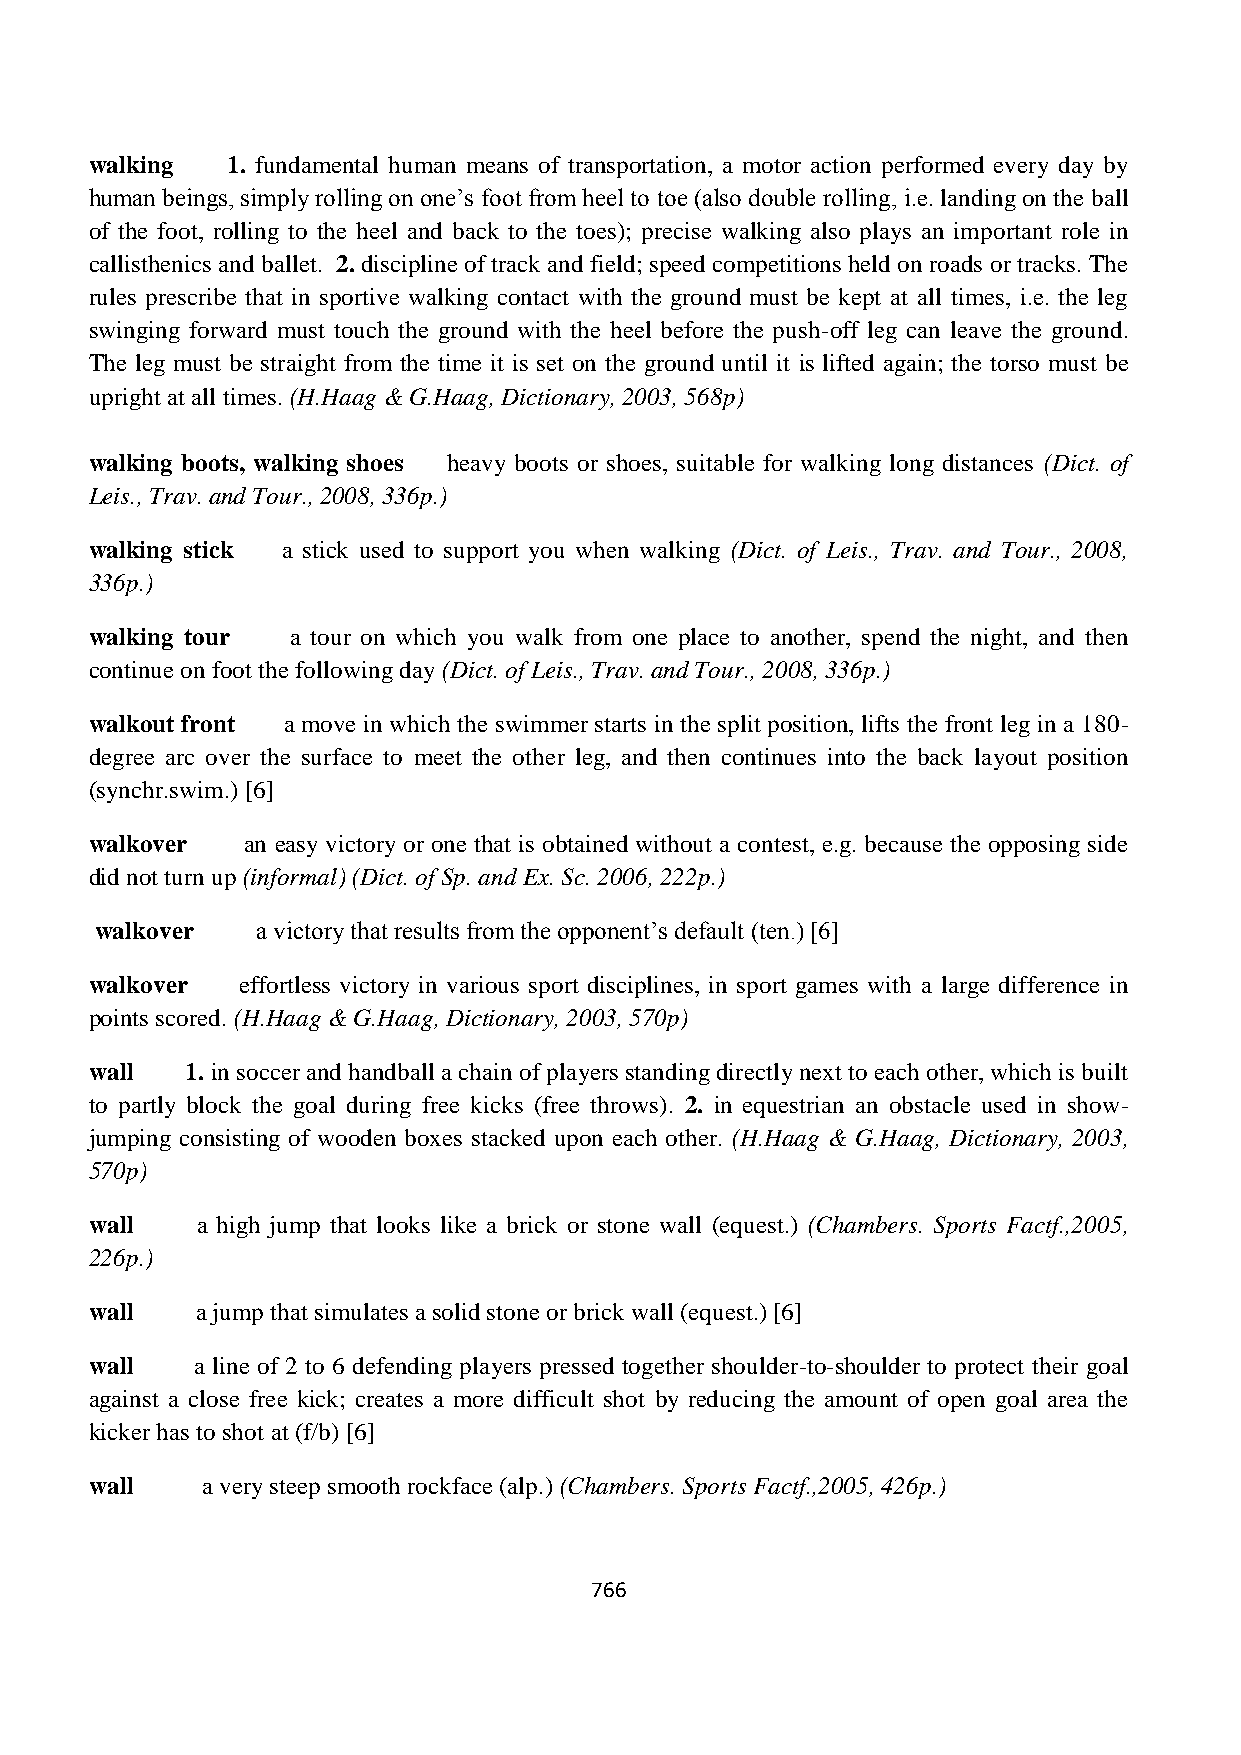
walking  1. fundamental human means of transportation, a motor action performed every day by
 human beings, simply rolling on one‟s foot from heel to toe (also double rolling, i.e. landing on the ball
 of the foot, rolling to the heel and back to the toes); precise walking also plays an important role in
 callisthenics and ballet. 2. discipline of track and field; speed competitions held on roads or tracks. The
 rules prescribe that in sportive walking contact with the ground must be kept at all times, i.e. the leg
 swinging forward must touch the ground with the heel before the push-off leg can leave the ground.
 The leg must be straight from the time it is set on the ground until it is lifted again; the torso must be
 upright at all times. (H.Haag & G.Haag, Dictionary, 2003, 568p)
 walking boots, walking shoes heavy boots or shoes, suitable for walking long distances (Dict. of
 Leis., Trav. and Tour., 2008, 336p.)
 walking stick a stick used to support you when walking (Dict. of Leis., Trav. and Tour., 2008,
 336p.)
 walking tour a tour on which you walk from one place to another, spend the night, and then
 continue on foot the following day (Dict. of Leis., Trav. and Tour., 2008, 336p.)
 walkout front a move in which the swimmer starts in the split position, lifts the front leg in a 180-
 degree arc over the surface to meet the other leg, and then continues into the back layout position
 (synchr.swim.) [6]
 walkover  an easy victory or one that is obtained without a contest, e.g. because the opposing side
 did not turn up (informal) (Dict. of Sp. and Ex. Sc. 2006, 222p.)
 walkover   a victory that results from the opponent‟s default (ten.) [6]
 walkover  effortless victory in various sport disciplines, in sport games with a large difference in
 points scored. (H.Haag & G.Haag, Dictionary, 2003, 570p)
 wall  1. in soccer and handball a chain of players standing directly next to each other, which is built
 to partly block the goal during free kicks (free throws). 2. in equestrian an obstacle used in show-
 jumping consisting of wooden boxes stacked upon each other. (H.Haag & G.Haag, Dictionary, 2003,
 570p)
 wall   a high jump that looks like a brick or stone wall (equest.) (Chambers. Sports Factf.,2005,
 226p.)
 wall   a jump that simulates a solid stone or brick wall (equest.) [6]
 wall   a line of 2 to 6 defending players pressed together shoulder-to-shoulder to protect their goal
 against a close free kick; creates a more difficult shot by reducing the amount of open goal area the
 kicker has to shot at (f/b) [6]
 wall   a very steep smooth rockface (alp.) (Chambers. Sports Factf.,2005, 426p.)
 766